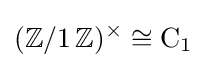
(\mathbb {Z} /1\,\mathbb {Z} )^{\times }\cong \mathrm {C} _{1}